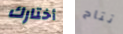
أختارك تتاح